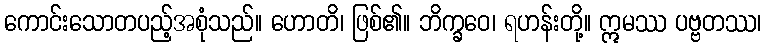
ကောင်းသောတပည့်အစုံသည်။ ဟောတိ၊ ဖြစ်၏။ ဘိက္ခဝေ၊ ရဟန်းတို့။ ဣမဿ ပဗ္ဗတဿ၊